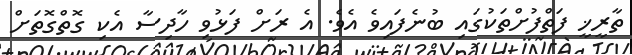
ތާރީޚީ ފަތްފުށްތަކުގައި ބުނެފައިވެ އެވެ. އެ ރަށް ފަޅުވި ހާދިސާ އެކި ގޮތްގޮތަށް